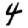
Digit: 4